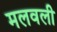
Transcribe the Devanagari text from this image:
मलवली